Insane asylums Bombay 1873-77 - 1873-1877
Year: 1873
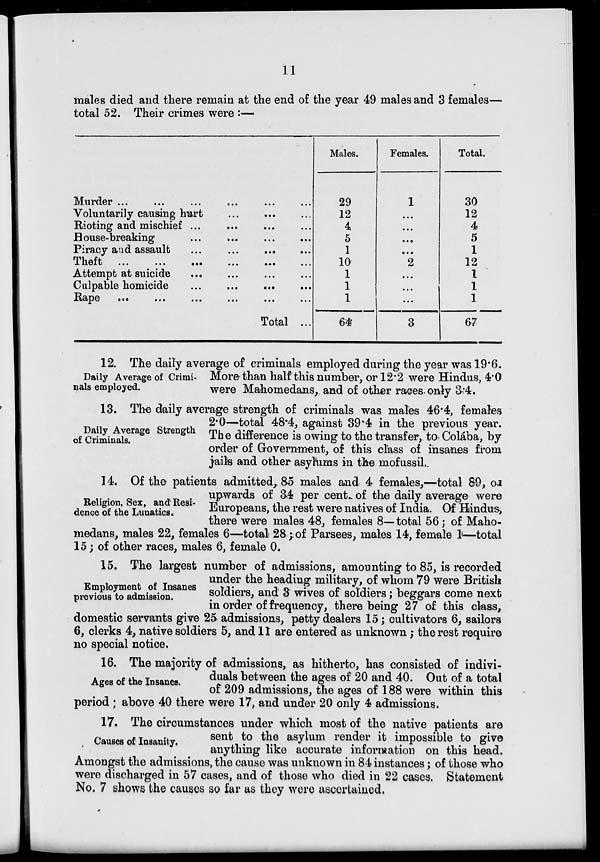
11
males died and there remain at the end of the year 49 males and 3 females—
total 52. Their crimes were :—
Murder ... ... ... ... ... ...
Voluntarily causing hurt ... ... ...
Rioting and mischief ... ... ... ...
House-breaking ... ... ... ...
Piracy and assault
...
...
...
...
...
Theft ... ... ... ... ... ...
Attempt at suicide ... ... ... ...
Culpable homicide
...
...
...
...
Rape
...
...
...
...
...
...
Total ...
Males.
29
12
4
5
1
10
1
1
1
64
Females.
1
...
...
...
...
2
...
...
...
3
Total.
30
12
4
5
1
12
1
1
1
67
Daily Average of Crimi-
nals employed.
12. The daily average of criminals employed during the year was 19.6.
More-than half this number, or 12.2 were Hindus, 4.0
were Mahomedans, and of other races only 3.4.
Daily Average Strength
of Criminals.
13. The daily average strength of criminals was males 46.4, females
2.0—total 48.4, against 39.4 in the previous year.
The difference is owing to the transfer, to Colába, by
order of Government, of this class of insanes from
jails and other asylums in the mofussil.
Religion, Sex, and Resi-
dence of the Lunatics.
14. Of the patients admitted, 85 males and 4 females,—total 89, or
upwards of 34 per cent. of the daily average were
Europeans, the rest were natives of India. Of Hindus,
there were males 48, females 8—total 56; of Maho-
medans, males 22, females 6—total 28 ; of Parsees, males 14, female 1—total
15; of other races, males 6, female 0.
Employment of Insanes
previous to admission.
15. The largest number of admissions, amounting to 85, is recorded
under the heading military, of whom 79 were British
soldiers, and 3 wives of soldiers; beggars come next
in order of frequency, there being 27 of this class,
domestic servants give 25 admissions, petty dealers 15; cultivators 6, sailors
6, clerks 4, native soldiers 5, and 11 are entered as unknown; the rest require
no special notice.
Ages of the Insanes.
16. The majority of admissions, as hitherto, has consisted of indivi-
duals between the ages of 20 and 40. Out of a total
of 209 admissions, the ages of 188 were within this
period ; above 40 there were 17, and under 20 only 4 admissions.
Causes of Insanity.
17. The circumstances under which most of the native patients are
sent to the asylum render it impossible to give
anything like accurate information on this head.
Amongst the admissions, the cause was unknown in 84 instances; of those who
were discharged in 57 cases, and of those who died in 22 cases. Statement
No. 7 shows the causes so far as they were ascertained.